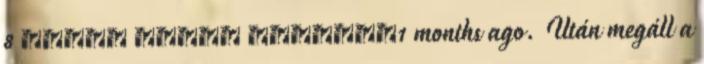
8 كانون الأول ديسمبرد1 months ago. Után megáll a